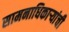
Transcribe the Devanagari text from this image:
सामनाधिकार्‍यांची